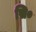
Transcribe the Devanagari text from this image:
सि०